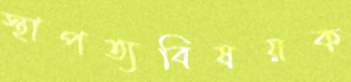
স্থাপত্যবিষয়ক